Report of veterinary surgeon J.H. Steel, A.V.D., on his investigation into an obscure and fatal disease among transport mules in British Burma
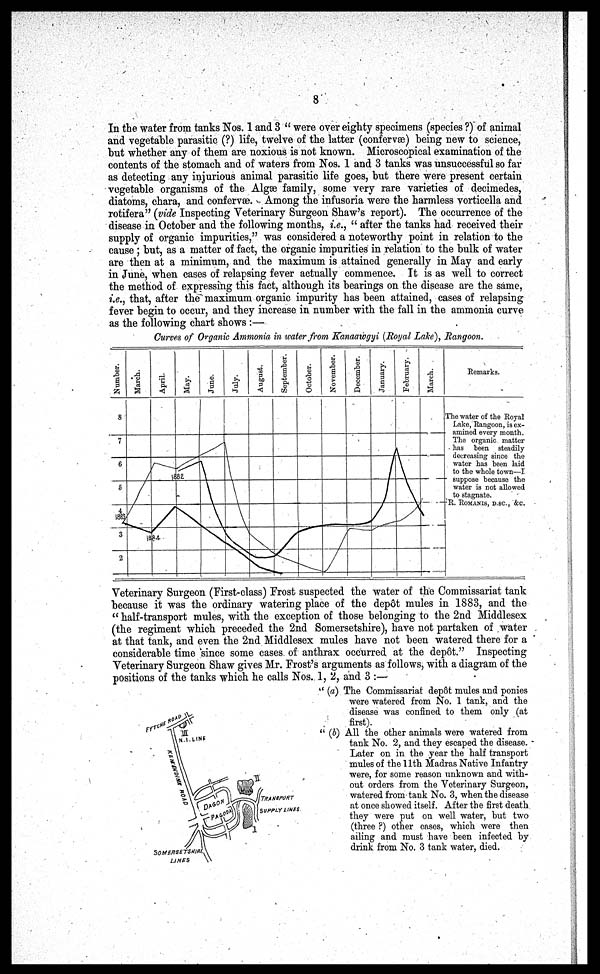
8
In the water from tanks Nos. 1 and 3 " were over eighty specimens (species ?) of animal
and vegetable parasitic (?) life, twelve of the latter (confervæ) being new to science,
but whether any of them are noxious is not known. Microscopical examination of the
contents of the stomach and of waters from Nos. 1 and 3 tanks was unsuccessful so far
as detecting any injurious animal parasitic life goes, but there were present certain
vegetable organisms of the Algæ family, some very rare varieties of decimedes,
diatoms, chara, and confervæ. Among the infusoria were the harmless vorticella and
rotifera" (vide Inspecting Veterinary Surgeon Shaw's report). The occurrence of the
disease in October and the following months, i.e., " after the tanks had received their
supply of organic impurities," was considered a noteworthy point in relation to the
cause ; but, as a matter of fact, the organic impurities in relation to the bulk of water
are then at a minimum, and the maximum is attained generally in May and early
in June, when cases of relapsing fever actually commence. It is as well to correct
the method of expressing this fact, although its bearings on the disease are the same,
i.e., that, after the maximum organic impurity has been attained, cases of relapsing
fever begin to occur, and they increase in number with the fall in the ammonia curve
as the following chart shows :—
Curves of Organic Ammonia in water from Kanaawgyi (Royal Lake), Rangoon.
Remarks.
The water of the Royal
Lake,'Rangoon, is ex-
amined every month.
The organic matter
has been steadily
decreasing since the
water has been laid
to the whole town—I
suppose because the
water is not allowed
to stagnate.
R. ROMANIS, D. SC., &c.
Veterinary Surgeon (First-class) Frost suspected the water of the Commissariat tank
because it was the ordinary watering place of the dep6t mules in 1883, and the
" half-transport mules, with the exception of those belonging to the 2nd Middlesex
(the regiment which preceded the 2nd Somersetshire), have not partaken of water
at that tank, and even the 2nd Middlesex mules have not been watered there for a
considerable time since some cases of anthrax occurred at the dep6t." Inspecting
Veterinary Surgeon Shaw gives Mr. Frost's arguments as follows, with a diagram of the
positions of the tanks which he calls Nos. 1, 2, and 3 :—
" (a) The Commissariat dep6t mules and ponies
were watered from No. 1 tank, and the
disease was confined to them only (at
first).
" (b) All the other animals were watered from
tank No. 2, and they escaped the disease.
Later on in the year the half transport
mules of the 11th Madras Native Infantry
were, for some reason unknown and with-
out orders from the Veterinary Surgeon,
watered from tank No. 3, when the disease
at once showed itself. After the first death
they were put on well water, but two
(three ?) other cases, which were then
ailing and must have been infected by
drink from No. 3 tank water, died.